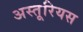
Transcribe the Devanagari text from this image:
अस्तूरियस